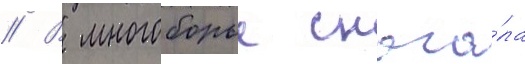
// В многоборье снача́ла